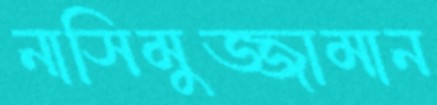
নাসিমুজ্জামান